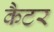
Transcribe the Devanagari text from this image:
कैटर